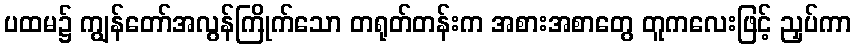
ပထမ၌ ကျွန်တော်အလွန်ကြိုက်သော တရုတ်တန်းက အစားအစာတွေ တူကလေးဖြင့် ညှပ်ကာ